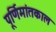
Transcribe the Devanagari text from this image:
पूर्णिमांतकाल